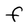
Character: F